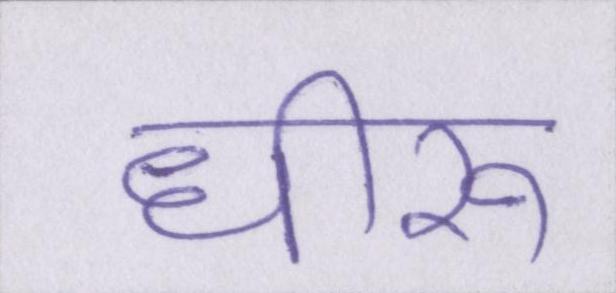
धीरू